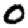
Digit: 0